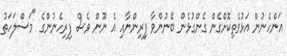
އަންހެނުން އަޅުވެތިކޮށްގެން ގެންގުޅެން ބޭނުންވާ ފިިރިިންނާއި އެ ނޫން ވެސް ފިރިހެނުންގެ "މަސްލަހަތު